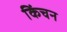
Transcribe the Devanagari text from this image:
किंचन